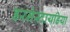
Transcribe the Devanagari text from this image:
डरमेस्टायडिया